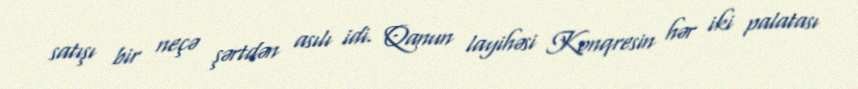
satışı bir neçə şərtdən asılı idi. Qanun layihəsi Konqresin hər iki palatası